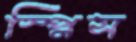
স্প্লিস